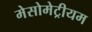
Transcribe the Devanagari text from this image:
मेसोमेट्रीयम